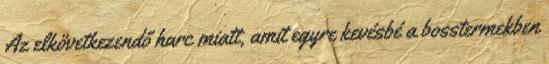
Az elkövetkezendő harc miatt, amit egyre kevésbé a bosstermekben